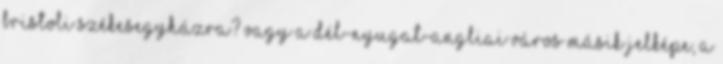
Bristoli Székesegyházra? Vagy a dél-nyugat-angliai város másik jelképe, a